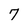
Character: 7